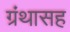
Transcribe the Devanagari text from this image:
ग्रंथासह